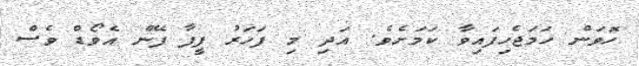
ހޮވަން ހަމަޖެހިފައިވާ ކަމަށެވެ. އަދި މި ފަހަރު ފީފާ ފޭން އެވޯޑް ވެސް